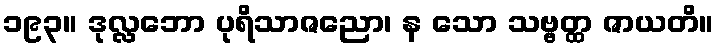
၁၉၃။ ဒုလ္လဘော ပုရိသာဇညော၊ န သော သဗ္ဗတ္ထ ဇာယတိ။